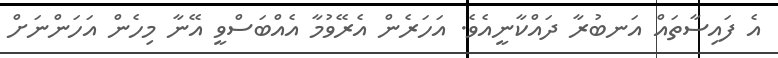
އެ ފައިސާތައް އަނބުރާ ދައްކާނީއެވެ. އަހަރެން އެރޭވުމާ އެއްބަސްވީ އޭނާ މިހެން އަހަންނަށް